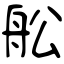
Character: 舩